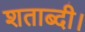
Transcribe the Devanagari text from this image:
शताब्दी।